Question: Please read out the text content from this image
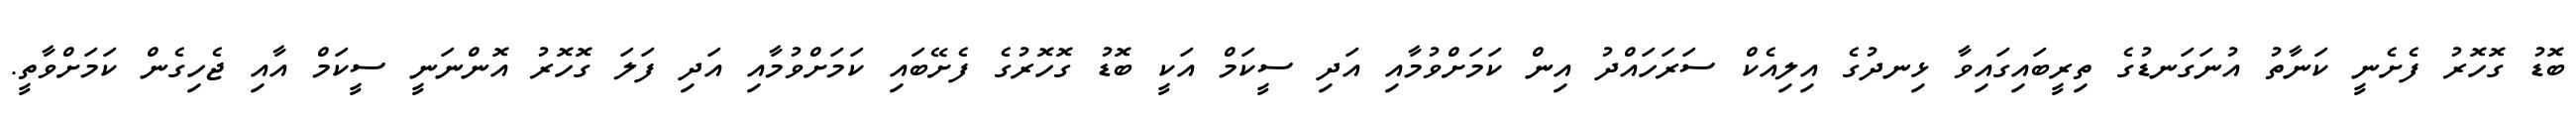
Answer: ބޮޑު ގޮހޮރު ފެށެނީ ކަނާތު އުނަގަނޑުގެ ތިރީބައިގައިވާ ޅިނދުގެ އިލިއެކް ސަރަހައްދު އިން ކަމަށްވުމާއި އަދި ސީކަމް އަކީ ބޮޑު ގޮހޮރުގެ ފެށޭބައި ކަމަށްވުމާއި އަދި ފަލަ ގޮހޮރު އޮންނަނީ ސީކަމް އާއި ޖެހިގެން ކަމަށްވާތީ.